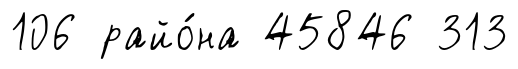
106 райо́на 45846 313